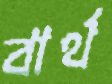
বার্থ